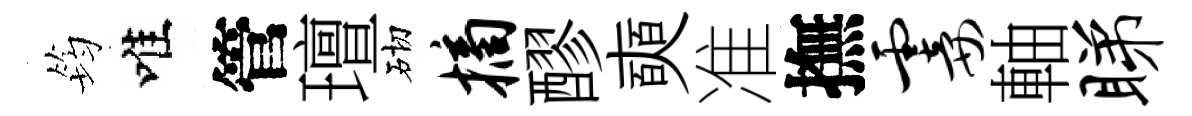
筠唯管璮砌摘醪奭准撫霎軸睇